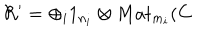
\mathcal { R } ^ { \prime } = \oplus _ { i } 1 _ { n _ { i } } \otimes M a t _ { m _ { i } } ( \mathbf { C }